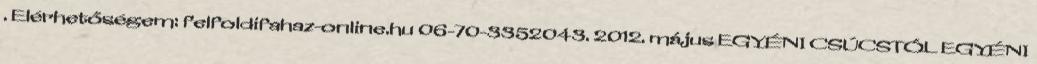
. Elérhetőségem: felfoldifahaz-online.hu 06-70-3352043. 2012. május EGYÉNI CSÚCSTÓL EGYÉNI